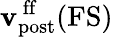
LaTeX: {\mathbf{v}}_{\mathrm{post}}^{\mathrm{\, ff}}(\mathrm{FS})